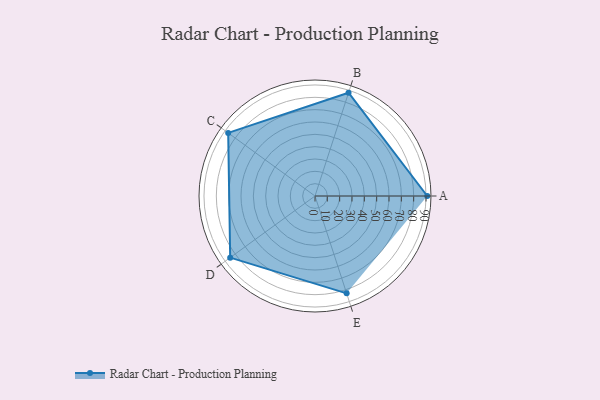
{"axis": {"x": "Skill", "y": "Score"}, "legend": ["Profile"], "data": [{"x": "A", "y": 91.0, "type": "Profile"}, {"x": "B", "y": 88.0, "type": "Profile"}, {"x": "C", "y": 87.0, "type": "Profile"}, {"x": "D", "y": 85.0, "type": "Profile"}, {"x": "E", "y": 83.0, "type": "Profile"}]}